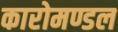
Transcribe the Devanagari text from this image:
कारोमण्डल